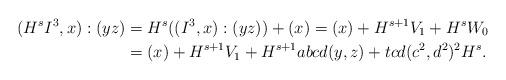
LaTeX: \begin{align*}(H^sI^3,x):(yz)&=H^s((I^3,x):(yz))+(x)=(x)+H^{s+1}V_1+H^sW_0\\ &=(x)+H^{s+1}V_1+H^{s+1}abcd(y,z)+tcd(c^2,d^2)^2H^s.\end{align*}